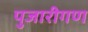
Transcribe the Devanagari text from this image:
पुजारीगण